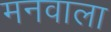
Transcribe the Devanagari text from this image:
मनवाला